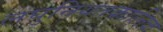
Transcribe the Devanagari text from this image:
लघुनियतकालिक